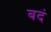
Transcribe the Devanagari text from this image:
बदं